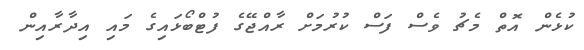
ކުޅެން އޮތް މެޗު ވެސް ފަސް ކުރުމަށް ރާއްޖޭގެ ފުޓްބޯޅައިގެ މައި އިދާރާއިން